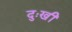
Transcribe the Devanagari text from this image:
दुःखीं